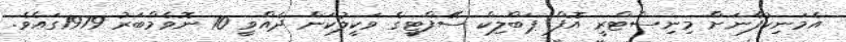
އެމަނިކުފާނަށް މިނިސްޓްރީ އޮފް ޕަބްލިކް ސޭފްޓީގެ ވަކީލުކަން ދެއްވީ 10 ނޮވެމްބަރު 1979ގައެވެ.